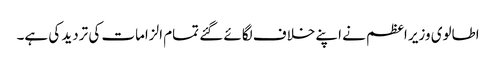
اطالوی وزیر اعظم نے اپنے خلاف لگائے گئے تمام الزامات کی تردید کی ہے۔